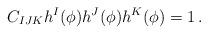
LaTeX: \begin{align*}C_{IJK} h^I(\phi ) h^J(\phi ) h^K(\phi )=1 \,.\end{align*}